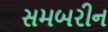
સમબરીન